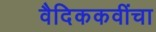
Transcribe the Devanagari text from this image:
वैदिककवींचा